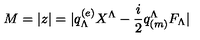
M = | z | = | q _ { \Lambda } ^ { ( e ) } X ^ { \Lambda } - { \frac { i } { 2 } } q _ { ( m ) } ^ { \Lambda } F _ { \Lambda } |